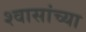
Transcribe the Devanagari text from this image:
श्वासांच्या